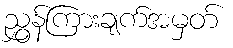
ညွှန်ကြားချက်အမှတ်